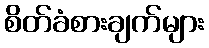
စိတ်ခံစားချက်များ